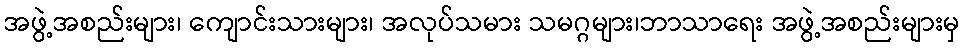
အဖွဲ့အစည်းများ၊ ကျောင်းသားများ၊ အလုပ်သမား သမဂ္ဂများ၊ဘာသာရေး အဖွဲ့အစည်းများမှ